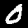
Label: 0